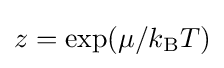
z=\exp(\mu /k_{\text{B}}T)